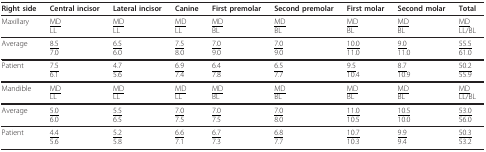
<table><thead><tr><td><b>Right side</b></td><td><b>Central incisor</b></td><td><b>Lateral incisor</b></td><td><b>Canine</b></td><td><b>First premolar</b></td><td><b>Second premolar</b></td><td><b>First molar</b></td><td><b>Second molar</b></td><td><b>Total</b></td></tr></thead><tbody><tr><td>Maxillary</td><td><underline>MD</underline>LL</td><td><underline>MD</underline>LL</td><td><underline>MD</underline>LL</td><td><underline>MD</underline>BL</td><td><underline>MD</underline>BL</td><td><underline>MD</underline>BL</td><td><underline>MD</underline>BL</td><td><underline>MD</underline>LL/BL</td></tr><tr><td>Average</td><td><underline>8.5</underline>7.0</td><td><underline>6.5</underline>6.0</td><td><underline>7.5</underline>8.0</td><td><underline>7.0</underline>9.0</td><td><underline>7.0</underline>9.0</td><td><underline>10.0</underline>11.0</td><td><underline>9.0</underline>11.0</td><td><underline>55.5</underline>61.0</td></tr><tr><td>Patient</td><td><underline>7.5</underline>6.1</td><td><underline>4.7</underline>5.6</td><td><underline>6.9</underline>7.4</td><td><underline>6.4</underline>7.8</td><td><underline>6.5</underline>7.7</td><td><underline>9.5</underline>10.4</td><td><underline>8.7</underline>10.9</td><td><underline>50.2</underline>55.9</td></tr><tr><td>Mandible</td><td><underline>MD</underline>LL</td><td><underline>MD</underline>LL</td><td><underline>MD</underline>LL</td><td><underline>MD</underline>BL</td><td><underline>MD</underline>BL</td><td><underline>MD</underline>BL</td><td><underline>MD</underline>BL</td><td><underline>MD</underline>LL/BL</td></tr><tr><td>Average</td><td><underline>5.0</underline>6.0</td><td><underline>5.5</underline>6.5</td><td><underline>7.0</underline>7.5</td><td><underline>7.0</underline>7.5</td><td><underline>7.0</underline>8.0</td><td><underline>11.0</underline>10.5</td><td><underline>10.5</underline>10.0</td><td><underline>53.0</underline>56.0</td></tr><tr><td>Patient</td><td><underline>4.4</underline>5.6</td><td><underline>5.2</underline>5.8</td><td><underline>6.6</underline>7.1</td><td><underline>6.7</underline>7.3</td><td><underline>6.8</underline>7.7</td><td><underline>10.7</underline>10.3</td><td><underline>9.9</underline>9.4</td><td><underline>50.3</underline>53.2</td></tr></tbody></table>